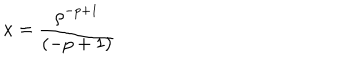
x = { \frac { \rho ^ { - p + 1 } } { ( - p + 1 ) } }